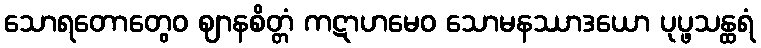
သောရတောတွေဝ ဈာနစိတ္တံ ကဋာဟမေဝ သောမနဿာဒယော ပုပ္ဖသန္ထရံ